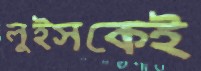
লুইসকেই